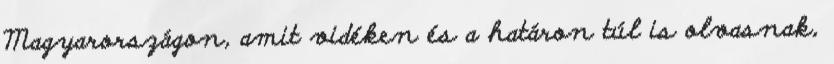
Magyarországon, amit vidéken és a határon túl is olvasnak,